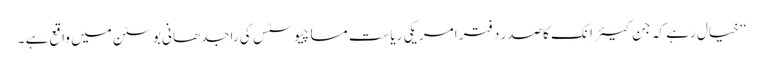
‘‘ خیال رہے کہ جَن کیئر اِنک کاصدر دفتر امریکی ریاست مساچیوسٹس کی راجدھانی بوسٹن میں واقع ہے ۔